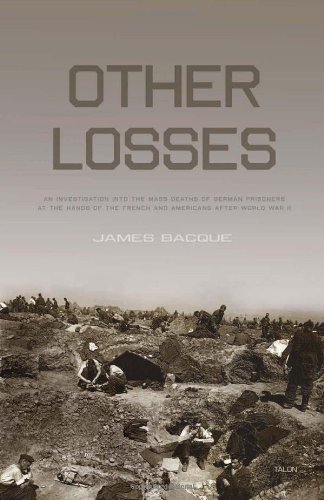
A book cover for Other Losses: An Investigation into the Mass Deaths of German Prisoners at the Hands of the French and Americans after World War II; James Bacque; History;